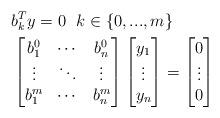
LaTeX: \begin{align*} & b_k^Ty= 0\ \ k\in\{0,...,m\}\\ &\begin{bmatrix}b^0_1&\cdots&b^0_n\\ \vdots&\ddots&\vdots\\ b^m_1&\cdots&b^m_n\end{bmatrix} \begin{bmatrix}y_1\\ \vdots\\ y_n\end{bmatrix}= \begin{bmatrix}0\\ \vdots\\ 0\end{bmatrix} \end{align*}